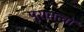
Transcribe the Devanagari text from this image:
पुरातत्वों